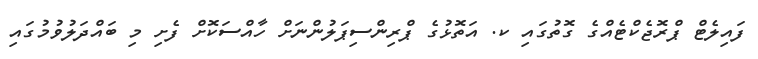
ފައިލެޓް ޕްރޮޖެކްޓެއްގެ ގޮތުގައި ކ. އަތޮޅުގެ ޕްރިންސިޕަލުންނަށް ހާއްސަކޮށް ފެށި މި ބައްދަލުވުމުގައި